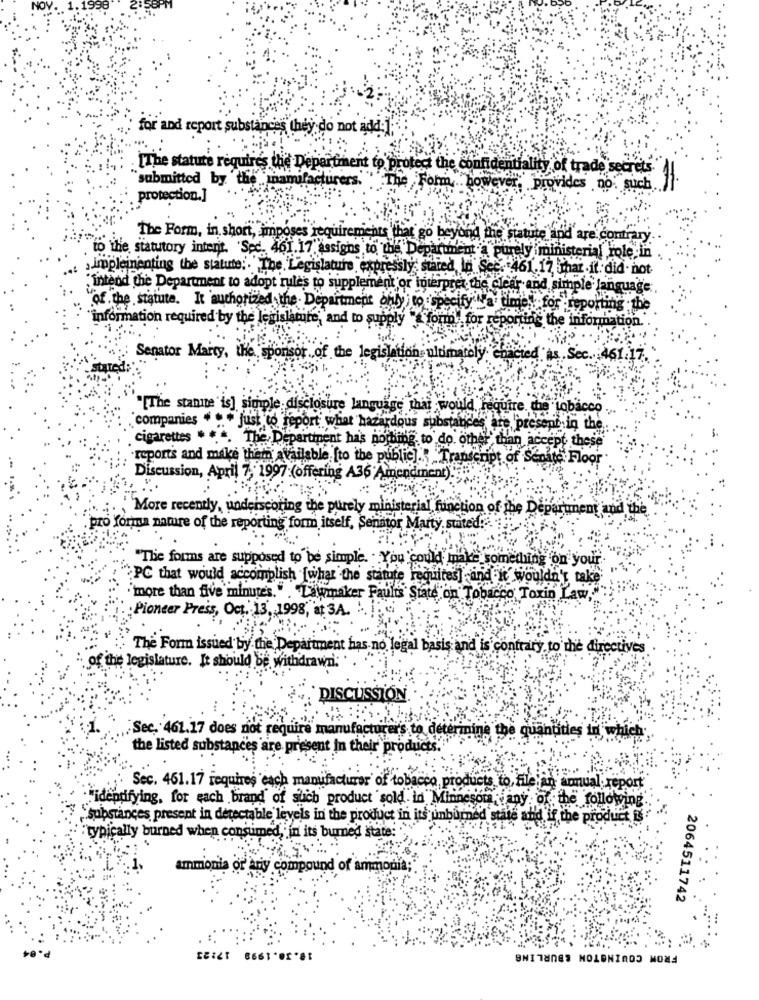
for and report substances they do not add:];
.[The statute requires the Department to protect the confidentiality of trade secrets.
submitted by the"
manufacturers. " The Form ... however
provides no: such. 11
protection.]
The Form, in short, imposes requirements that go beyond the statute and are contrary.
to the statutory intent. Sec. 461.17 assigns to the Deparunent a purely ministerial role in
,impleinenting the statute :. The Legislature, expressly stated In Sec. 461.17 mar .it did not
intend the Department to adopt rules to supplement or interpret the cler- and simple language:
of the statute. It authorized the . Department only ) to :'specify l'a time, for reporting the
"information required by the legislature, and to supply " form", for reps
ting the information.
Senator Marty, the, sponsor of the legislation: uldmatoli
ted as , Sec.
"[The stante "is] simple disclosure language thai would, require, the tobacco .
companies + ++ just to report what hazardous substa
are present in the
cigarettes * * *. The Department has nothing to do omhel"
than accept these
reports and make them available. [to the public] ., Transcript of Senate Floor
Discussion, April 7, 1997: (offering A36 Amendment)
'More recently, undeiscoring the purely ministerial function of the Deparunent and the
pro forma namre of the reporting form itself, Senator Marty stated."".
"The forms are supposed to be simple. . You could make something on your
PC that would accomplish [what the statute requires] and it wouldn't take
"more than five minutes. ". Lawmaker Faults State on Tobacco Toxin Law,
Pioneer Press, Oct. 13, 1998, at 3A.
The Form issued by the Department has no legal basis and is contrary to the directives
the legislature. It should be withdrawn:
`DISCUSSION
Sec, 461.17 does not require manufac
ermine the qual
the listed substances are present In their pr
Sec. 461.17 requires each manufacturer of tobacco products to, file an armual report
"identifying, for each brand of such product sold in Minnesom, any of the following
"Substances present in detectable levels in the product in its unburned state and if the product is
"typically burned when consumed, in its burned state:
ammonia or any compound of ammonia;
2064511742
FROM COVINGTON &BURLING